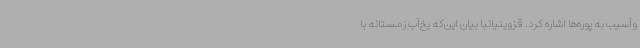
وآسیب به پوره‌ها اشاره کرد. قزوینیانبا بیان این‌که یخ‌آب زمستانه با